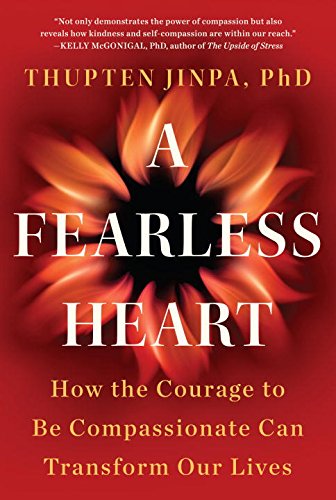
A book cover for A Fearless Heart: How the Courage to Be Compassionate Can Transform Our Lives; Thupten Jinpa; Health, Fitness & Dieting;